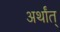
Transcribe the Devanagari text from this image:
अर्थांत्‌